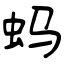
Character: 蚂